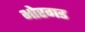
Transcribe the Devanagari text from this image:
भोरगड